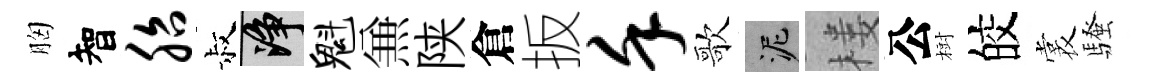
胸智胎叔净魁𠔥陕倉扳堇歌泥楼公𣗳皎裳騷